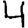
Digit: 4